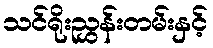
သင်ရိုးညွှန်းတမ်းနှင့်